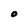
Character: O